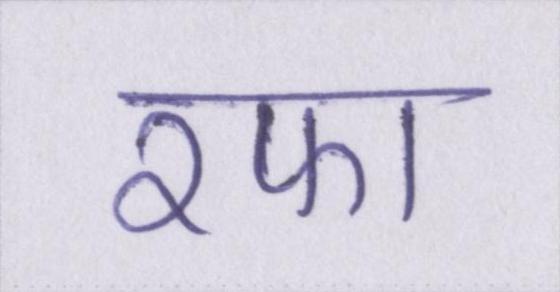
रफा